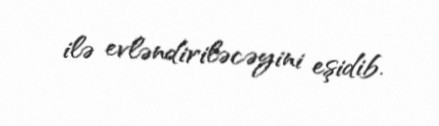
ilə evləndiriləcəyini eşidib.